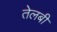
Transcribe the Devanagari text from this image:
तेलबी